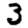
Digit: 3